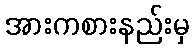
အားကစားနည်းမှ